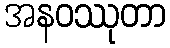
အနဝဿုတာ